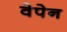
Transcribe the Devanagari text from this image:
वेपेन